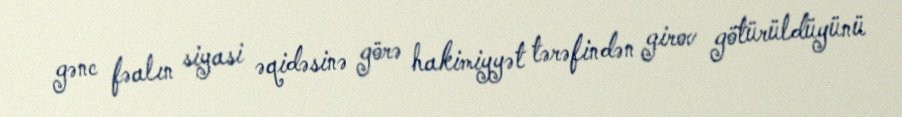
gənc fəalın siyasi əqidəsinə görə hakimiyyət tərəfindən girov götürüldüyünü